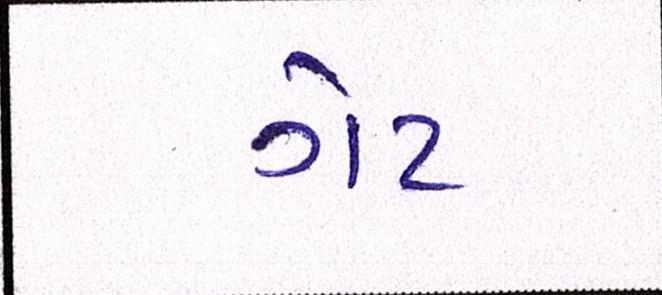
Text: ગેટ